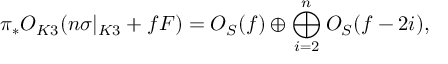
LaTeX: \pi _ { * } { \cal O } _ { K 3 } ( n \sigma | _ { K 3 } + f F ) = { \cal O } _ { { \cal S } } ( f ) \oplus \bigoplus _ { i = 2 } ^ { n } { \cal O } _ { { \cal S } } ( f - 2 i ) ,